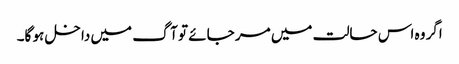
اگر وہ اس حالت میں مر جائے تو آگ میں داخل ہو گا۔